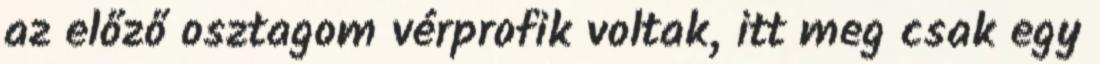
az előző osztagom vérprofik voltak, itt meg csak egy